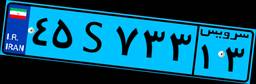
۷۲S۵۸۸۷۴